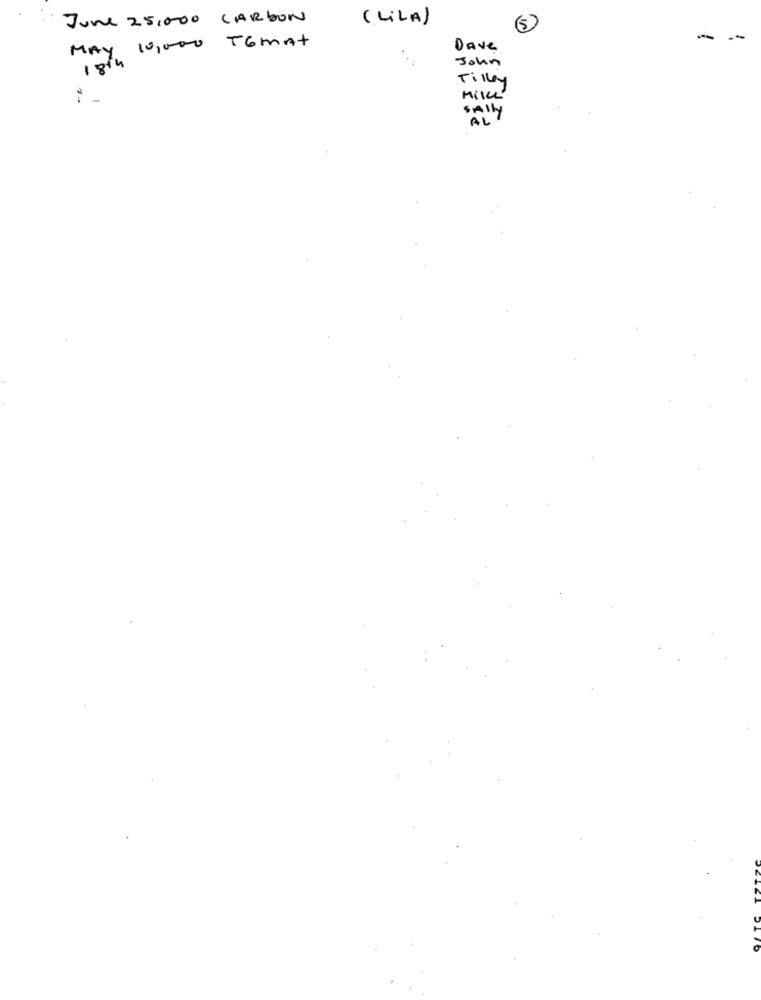
June 25,000 CARBON
(LILA)
MAY 10,000 TEMAT
--
DAve
John
18th
Tilley
Mille
SAIy
AL